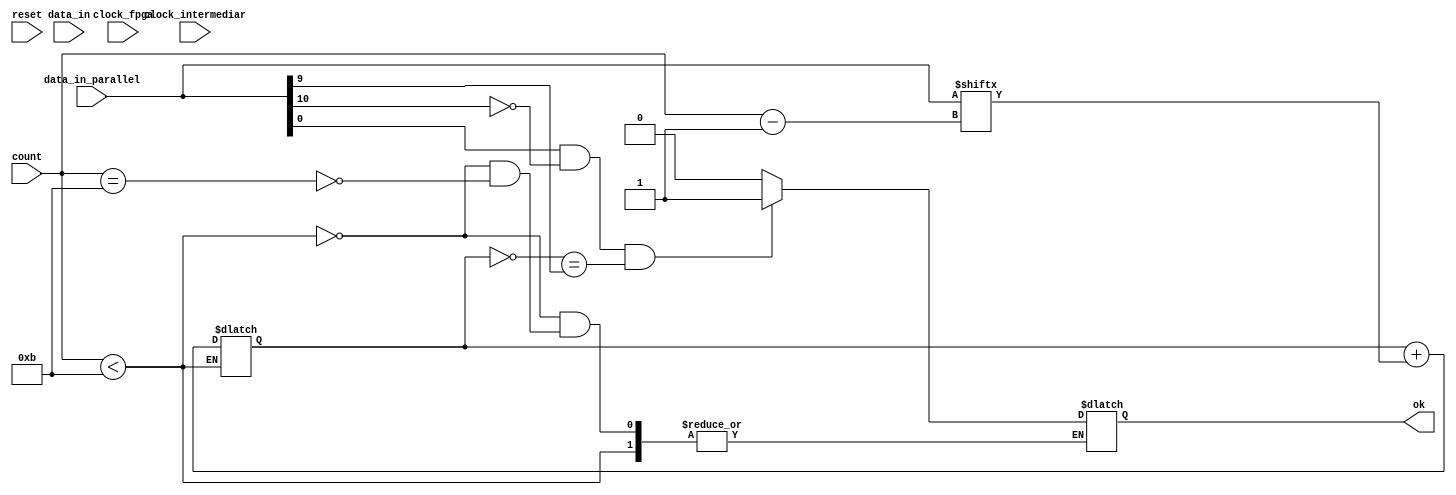
/*module verificare (input clock_intermediar, reset, data_in, clock_fpga, output reg ok);

reg[3:0] count=0;
localparam [2:0] q0=0, q1=1, q2=2, q3=3, q4=4, q5=5 ;
reg [2:0] state, next_state;
reg do_count = 0;

always @ (clock_fpga)
if (reset==1)
	state <= next_state;
else 
  state <= q0;

always @ (*)
	case (state)
		q0: next_state = (clock_intermediar == 0) ? q1 : q0;
		q1: next_state = (data_in == 0) ? q2 : q0;
		q2: begin
				do_count = 1;
				next_state = (count == 4'b1001) ? q3 : q2;
			end
		q3: begin
				do_count = 0;
				next_state = (data_in == 1) ? q4 : q0;
			end
		q4: next_state = (clock_intermediar == 1) ? q5: q0;
		q5: next_state = q0;
		default: next_state = q0;
	endcase
	
always @ (negedge clock_intermediar)
	if (do_count == 1)
		count <= count + 1;
	else 
		count <= 0;
	
always @ (clock_fpga)
	case (state)
		q0: ok = 0;
		q1: ok = 0;
		q2: ok = 0;
		q3: ok = 0;
		q4: ok = 0;
		q5: ok = 1;
		default: ok = 0;
	endcase*/
	/*
module verificare(input clock_intermediar, reset, data_in, clock_fpga, input [10:0] data_in_parallel, output reg ok);

reg [3:0] count=0;
reg sum;
wire par_check;

always @ (data_in_parallel) begin
	if (data_in_parallel[0] == 1 && data_in_parallel[10] == 0)
		if (count < 9)begin
			sum = sum + data_in_parallel[count];
			count = count + 1;
			end
		else 
			count = 0;
	else
		count = 0;
	if (data_in_parallel[0] == 1 && data_in_parallel[10] == 0 && par_check == data_in_parallel[9])
		ok = 1;
	else
		ok = 0;
end

assign par_check = ~sum;


endmodule */
module verificare(input clock_intermediar, 
						reset, 
						data_in, 
						clock_fpga, 
						input [10:0] data_in_parallel, 
						output reg ok, 
						input [3:0] count);

reg sum;
wire par_check;


always @ (count)
		if (count < 11)
			sum = sum + data_in_parallel[count-1];
		else if (count == 11)
			if (data_in_parallel[0] == 1 && data_in_parallel[10] == 0 && par_check == data_in_parallel[9])
				ok = 1;
			else 
				ok = 0;
		

assign par_check = ~sum;


endmodule